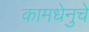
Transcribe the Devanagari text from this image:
कामधेनुचे